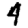
Digit: 4